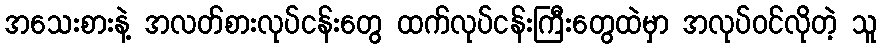
အသေးစားနဲ့ အလတ်စားလုပ်ငန်းတွေ ထက်လုပ်ငန်းကြီးတွေထဲမှာ အလုပ်ဝင်လိုတဲ့ သူ